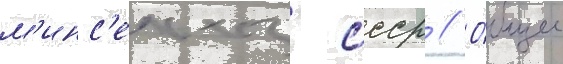
м'инс'ельхоз ссср // О́бщее